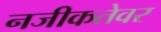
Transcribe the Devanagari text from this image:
नजीकतेवर